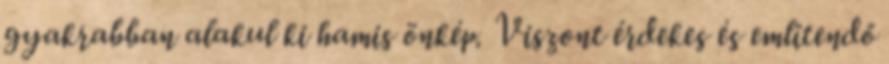
gyakrabban alakul ki hamis önkép. Viszont érdekes és említendő